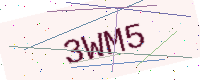
Text: 3WM5